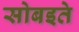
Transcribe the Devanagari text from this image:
सोबइते